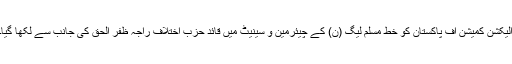
الیکشن کمیشن آف پاکستان کو خط مسلم لیگ (ن) کے چیئرمین و سینیٹ میں قائد حزب اختلاف راجہ ظفر الحق کی جانب سے لکھا گیا۔